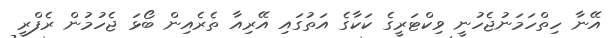
އޭނާ ހިތްހަމަނުޖެހުނީ ވިކްޓަރީގެ ކަކާގެ އަތުގައި އޭރިއާ ތެރެއިން ބޯޅަ ޖެހުމުން ރެފްރީ